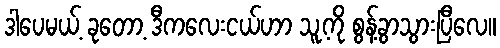
ဒါပေမယ့် ခုတော့ ဒီကလေးငယ်ဟာ သူ့ကို စွန့်ခွာသွားပြီလေ။